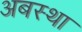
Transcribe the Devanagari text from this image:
अबस्था